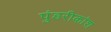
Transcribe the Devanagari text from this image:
पुंडरीकांश